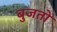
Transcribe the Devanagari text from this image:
बुजतो